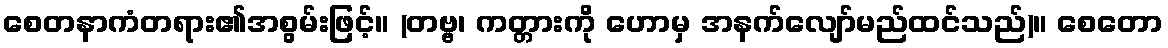
စေတနာကံတရား၏အစွမ်းဖြင့်။ (တဗ္ဗ၊ ကတ္တားကို ဟောမှ အနက်လျော်မည်ထင်သည်)။ စေတော